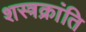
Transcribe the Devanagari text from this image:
शस्त्रक्रांति